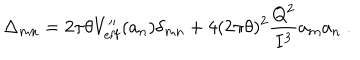
\Delta _ { m n } = 2 \pi \theta V _ { \mathrm { e f f } } ^ { \prime \prime } ( a _ { n } ) \delta _ { m n } + 4 ( 2 \pi \theta ) ^ { 2 } \frac { Q ^ { 2 } } { I ^ { 3 } } a _ { m } a _ { n } ~ .